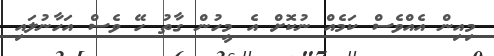
މިއިން އެއްވެސް ކަމެއް ނުކޮށް އެ މީހުން ގާތު ހޭ ވެސް އަހާނުލައި